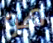
هو